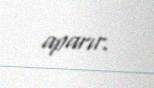
aparır.